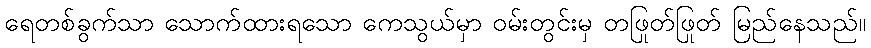
ရေတစ်ခွက်သာ သောက်ထားရသော ကေသွယ်မှာ ဝမ်းတွင်းမှ တဖြုတ်ဖြုတ် မြည်နေသည်။